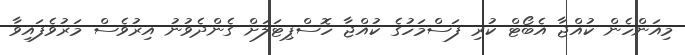
މިއަންހެން ކުއްޖާ އެބޯޓް ކުރި ފަސްމަހުގެ ކުއްޖާ ހޮސްޕިޓަލަށް ގެންދެވުނު އިރުވެސް މަރުވެފައިވާ